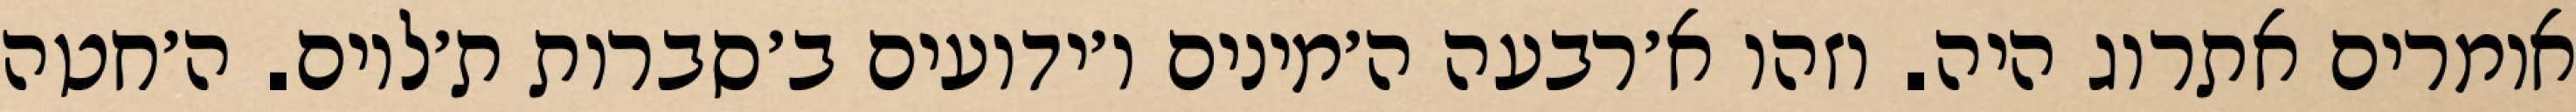
אומרים אתרוג היה. וזהו א׳רבעה ה׳מינים ו׳ידועים ב׳סברות ת׳לוים. ה׳חטה